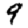
Digit: 9